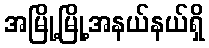
အမြို့မြို့အနယ်နယ်ရှိ